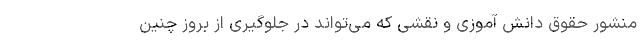
منشور حقوق دانش آموزی و نقشی که می‌تواند در جلوگیری از بروز چنین